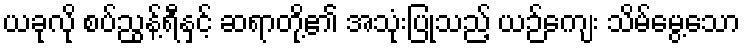
ယခုလို စပ်ညွန့်ရီနှင့် ဆရာတို့၏ အသုံးပြုသည့် ယဉ်ကျေး သိမ်မွေ့သော